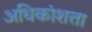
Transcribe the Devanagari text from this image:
अधिकांशता